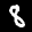
Label: 8